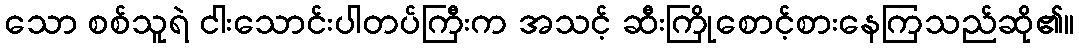
သော စစ်သူရဲ ငါးသောင်းပါတပ်ကြီးက အသင့် ဆီးကြိုစောင့်စားနေကြသည်ဆို၏။